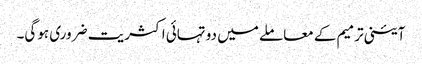
آئینی ترمیم کے معاملے میں دو تہائی اکثریت ضروری ہوگی۔